Madras plague regulations and rules for the inspection of inward and outward bound vessels - Volume 1
Disease focus: Plague
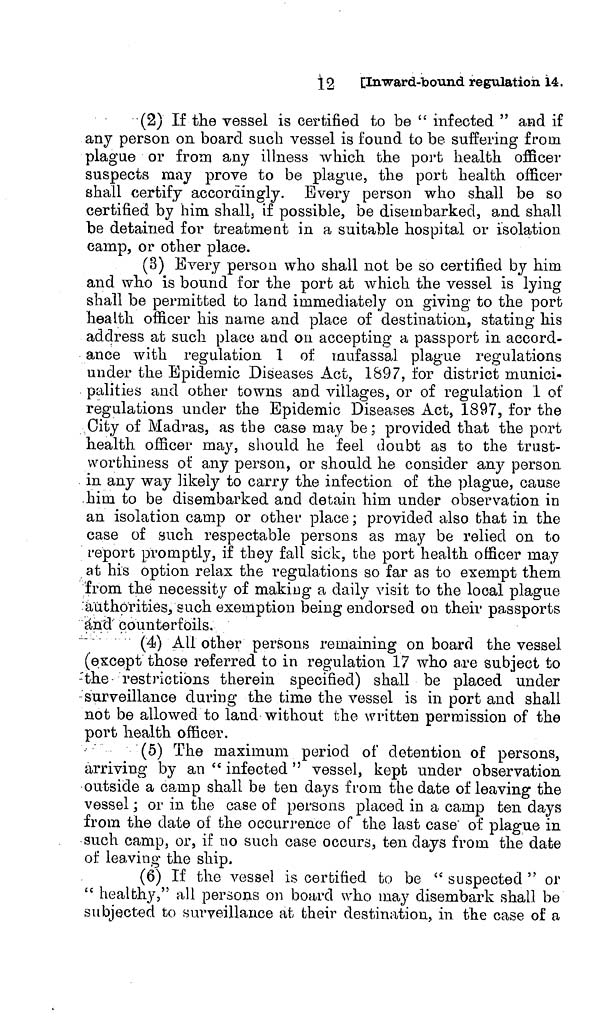
12 [Inward-bound regulation 14.
(2) If the vessel is certified to be " infected " and if
any person on board such vessel is found to be suffering from
plague or from any illness which the port health officer
suspects may prove to be plague, the port health officer
shall certify accordingly. Every person who shall be so
certified by him shall 3 if possible, be disembarked, and shall
be detained for treatment in a suitable hospital or isolation
camp, or other place.
(3) Every person who shall not be so certified by him
and who is bound for the port at which the vessel is lying
shall be permitted to land immediately on giving to the port
health officer his name and place of destination, stating his
address at such place and on accepting a passport in accord-
ance with regulation 1 of rnufassal plague regulations
under the Epidemic Diseases Act, 1897, for district munici-
palities and other towns and villages, or of regulation 1 of
regulations under the Epidemic Diseases Act, 1897, for the
City of Madras, as the case may be; provided that the port
health officer may, should he feel doubt as to the trust-
worthiness of any person, or should he consider any person
in any way likely to carry the infection of the plague, cause
him to be disembarked and detain him under observation in
an isolation camp or other place; provided also that in the
case of auch respectable persons as may be relied on to
report promptly, if they fall sick, the port health officer may
at his option relax the regulations so far as to exempt them
from the necessity of making a daily visit to the local plague
authorities, such exemption being endorsed on their passports
and counterfoils.
(4) All other persons remaining on board the vessel
(except those referred to in regulation 17 who are subject to
-the restrictions therein specified) shall be placed under
surveillance during the time the vessel is in port and shall
not be allowed to land without the written permission of the
port health officer.
(5) The maximum period of detention of persons,
arriving by an " infected " vessel, kept under observation
outside a camp shall be ten days from the date of leaving the
vessel ; or in the case of persons placed in a camp ten days
from the date of the occurrence of the last case' of plague in
such camp, or, if no such case occurs, ten days from the date
of leaving the ship.
(6) If the vessel is certified to be " suspected " or
" healthy," all persons on board who may disembark shall be
subjected to surveillance at their destination, in the case of a